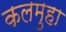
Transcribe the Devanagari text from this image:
कलमुहा